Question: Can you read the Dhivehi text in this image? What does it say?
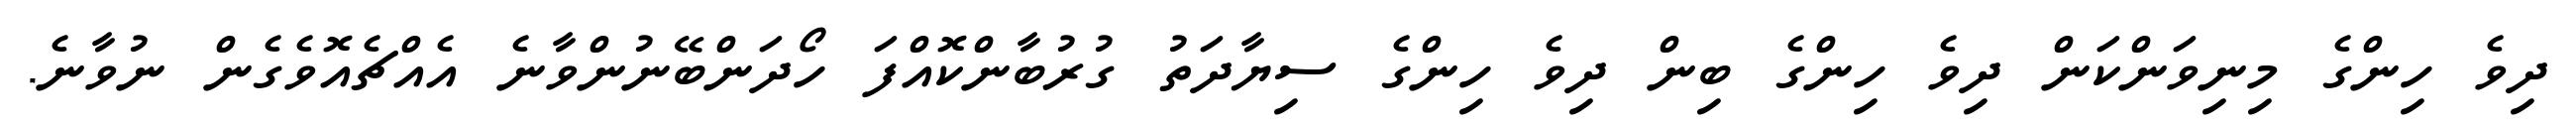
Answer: ދިވެ ހިންގެ މިނިވަންކަން ދިވެ ހިންގެ ބިން ދިވެ ހިންގެ ސިޔާދަތު ގުރުބާންކޮއްފަ ހޯދަންބޭނުންވާނެ އެއްޗެއޮވެގެން ނުވާނެ.